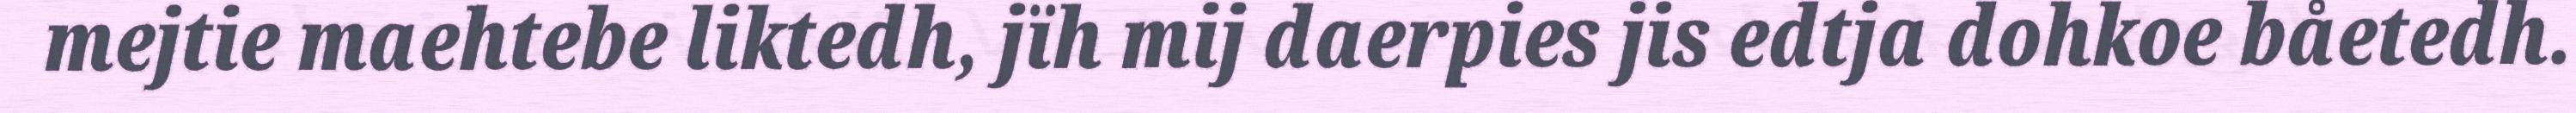
mejtie maehtebe liktedh, jïh mij daerpies jis edtja dohkoe båetedh.